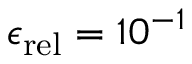
\epsilon _ { \mathrm { r e l } } = 1 0 ^ { - 1 }